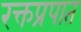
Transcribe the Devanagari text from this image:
रक्तप्रपात